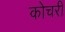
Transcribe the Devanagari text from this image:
कोचरी